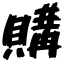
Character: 購